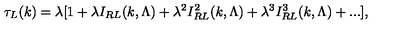
\tau _ { L } ( k ) = \lambda [ 1 + \lambda I _ { R L } ( k , \Lambda ) + \lambda ^ { 2 } I _ { R L } ^ { 2 } ( k , \Lambda ) + \lambda ^ { 3 } I _ { R L } ^ { 3 } ( k , \Lambda ) + . . . ] ,